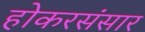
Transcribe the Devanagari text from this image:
होकरसंसार